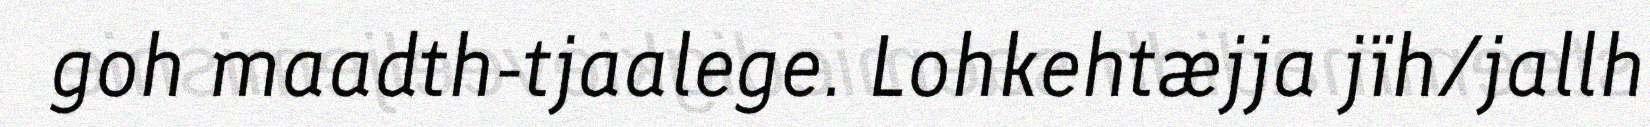
goh maadth-tjaalege. Lohkehtæjja jïh/jallh